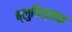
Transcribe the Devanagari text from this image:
ब्लुचिस्तान